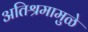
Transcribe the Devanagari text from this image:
अतिश्रमामुळे